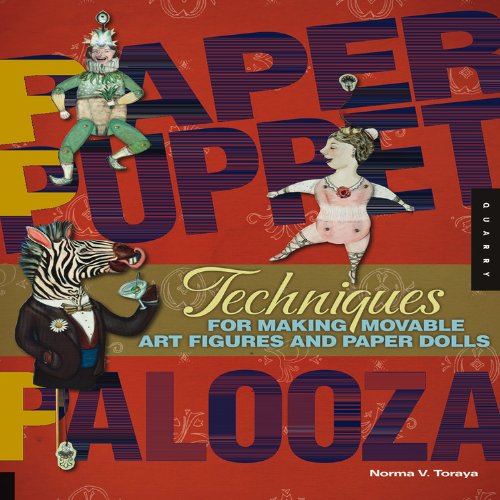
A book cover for Paper Puppet Palooza; Norma V. Toraya; Crafts, Hobbies & Home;